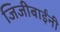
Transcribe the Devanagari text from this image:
जिजीबाईंनी